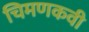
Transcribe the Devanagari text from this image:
चिमणकवी